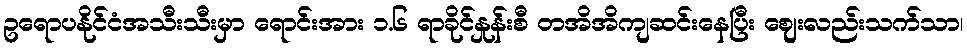
ဥရောပနိုင်ငံအသီးသီးမှာ ရောင်းအား ၁.၆ ရာခိုင်နှုန်းစီ တအိအိကျဆင်းနေပြီး ဈေးလည်းသက်သာ၊